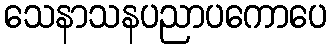
သေနာသနပညာပကောပေ